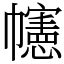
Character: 幰